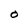
Character: O